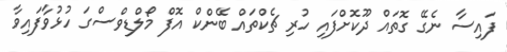
ފައިސާ ނެގޭ ގޮތައް ދޫކޮށްފައި ހުރި ޗެކްތައް ބޭންކް އޮފް މޯލްޑިވްސްގަ ހުޅުވާފައިވާ